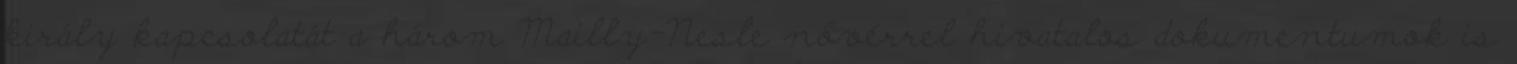
király kapcsolatát a három Mailly-Nesle nővérrel hivatalos dokumentumok is